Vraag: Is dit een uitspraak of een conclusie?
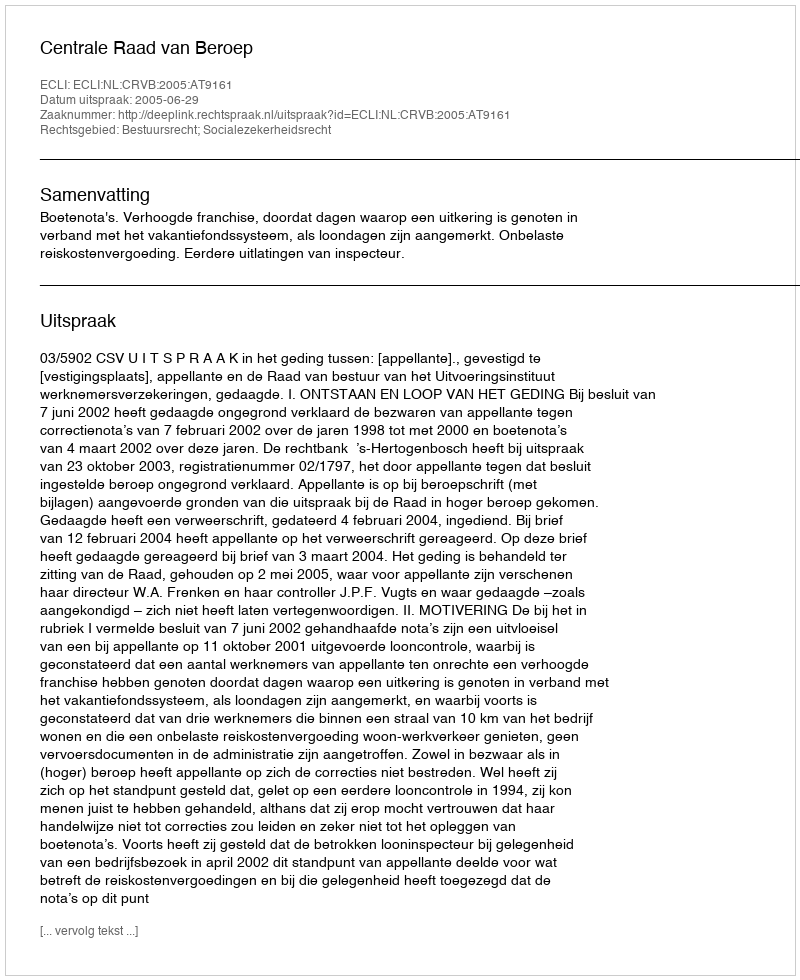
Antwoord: Uitspraak